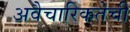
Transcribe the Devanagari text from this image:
अवैचारिकतेची